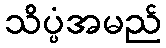
သိပ္ပံအမည်